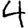
Digit: 4